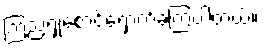
ကြည့်ရှုစောင့်ရှောက်ခဲ့ကြပါတယ်။